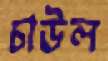
চাউল